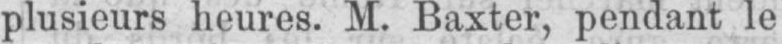
plusieurs heures. M. Baxter, pendant le